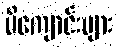
မိကျောင်းများ